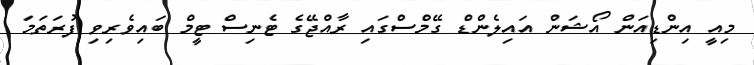
މިއީ އިންޑިއަން އޯޝަން އައިލެންޑް ގޭމްސްގައި ރާއްޖޭގެ ޓެނިސް ޓީމް ބައިވެރިވި ފުރަތަމަ